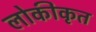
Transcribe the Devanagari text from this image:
लोकीकृत